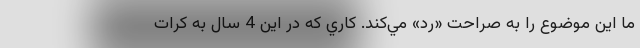
ما اين موضوع را به صراحت «رد» مي‌كند. كاري كه در اين 4 سال به كرات